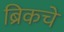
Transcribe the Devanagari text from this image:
ब्रिकचे